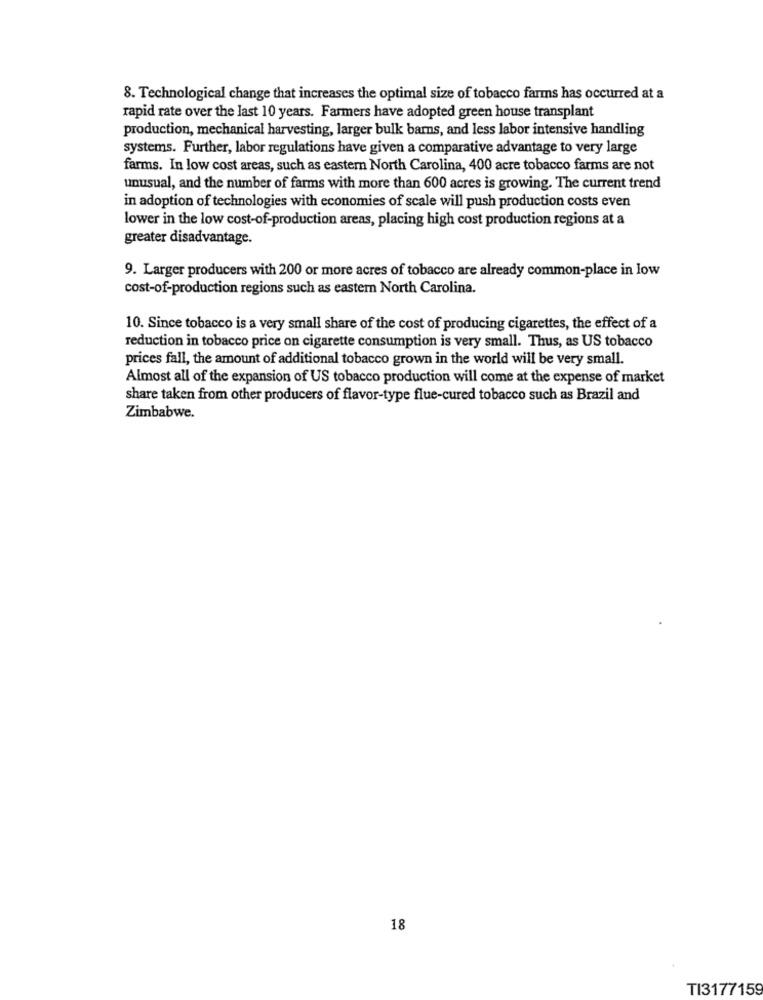
8. Technological change that increases the optimal size of tobacco farms has occurred at a
rapid rate over the last 10 years. Farmers have adopted green house transplant
production, mechanical harvesting, larger bulk barns, and less labor intensive handling
systems. Further, labor regulations have given a comparative advantage to very large
farms. In low cost areas, such as eastern North Carolina, 400 acre tobacco farms are not
unusual, and the number of farms with more than 600 acres is growing. The current trend
in adoption of technologies with economies of scale will push production costs even
lower in the low cost-of-production areas, placing high cost production regions at a
greater disadvantage.
9. Larger producers with 200 or more acres of tobacco are already common-place in low
cost-of-production regions such as eastern North Carolina.
10. Since tobacco is a very small share of the cost of producing cigarettes, the effect of a
reduction in tobacco price on cigarette consumption is very small. Thus, as US tobacco
prices fall, the amount of additional tobacco grown in the world will be very small.
Almost all of the expansion of US tobacco production will come at the expense of market
share taken from other producers of flavor-type flue-cured tobacco such as Brazil and
Zimbabwe.
18
TI3177159